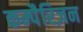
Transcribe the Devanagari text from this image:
कम्पैरिज़न